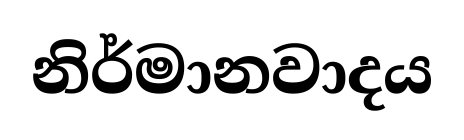
නිර්මානවාදය